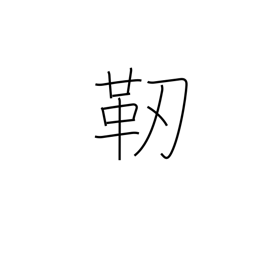
Meaning: quiver